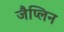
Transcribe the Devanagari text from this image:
जैप्लिन